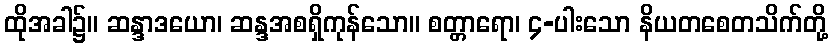
ထိုအခါ၌။ ဆန္ဒာဒယော၊ ဆန္ဒအစရှိကုန်သော။ စတ္တာရော၊ ၄-ပါးသော နိယတစေတသိက်တို့